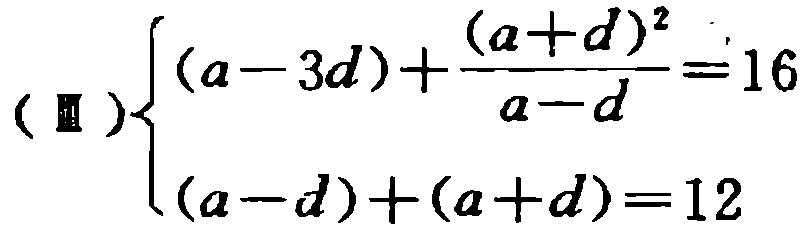
\((Ⅱ)\begin{cases}(a - 3d)+\frac{(a + d)^2}{a - d}=16\\(a - d)+(a + d)=12\end{cases}\)